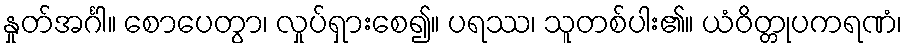
နှုတ်အင်္ဂါ။ စောပေတွာ၊ လှုပ်ရှားစေ၍။ ပရဿ၊ သူတစ်ပါး၏။ ယံဝိတ္တုပကရဏံ၊